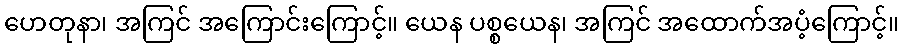
ဟေတုနာ၊ အကြင် အကြောင်းကြောင့်။ ယေန ပစ္စယေန၊ အကြင် အထောက်အပံ့ကြောင့်။